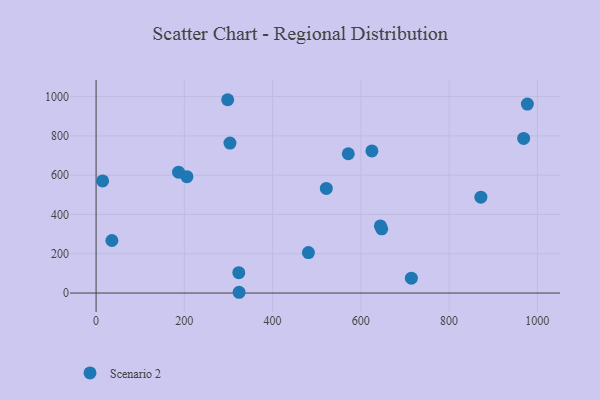
{"axis": {"x": "Study Hours", "y": "Yield"}, "legend": ["Scenario 2"], "data": [{"x": "303.4", "y": 763.2, "type": "Scenario 2"}, {"x": "14.8", "y": 570.9, "type": "Scenario 2"}, {"x": "481.2", "y": 206.0, "type": "Scenario 2"}, {"x": "186.9", "y": 615.3, "type": "Scenario 2"}, {"x": "521.7", "y": 532.6, "type": "Scenario 2"}, {"x": "35.8", "y": 267.4, "type": "Scenario 2"}, {"x": "298.2", "y": 984.0, "type": "Scenario 2"}, {"x": "323.4", "y": 103.5, "type": "Scenario 2"}, {"x": "625.1", "y": 723.2, "type": "Scenario 2"}, {"x": "644.3", "y": 341.6, "type": "Scenario 2"}, {"x": "714.5", "y": 75.8, "type": "Scenario 2"}, {"x": "872.0", "y": 488.0, "type": "Scenario 2"}, {"x": "977.4", "y": 961.9, "type": "Scenario 2"}, {"x": "647.3", "y": 327.1, "type": "Scenario 2"}, {"x": "324.1", "y": 3.9, "type": "Scenario 2"}, {"x": "205.8", "y": 592.4, "type": "Scenario 2"}, {"x": "571.5", "y": 709.1, "type": "Scenario 2"}, {"x": "969.0", "y": 787.2, "type": "Scenario 2"}]}